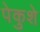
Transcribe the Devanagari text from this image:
पेकुशे